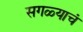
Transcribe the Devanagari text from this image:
सगळ्याचं